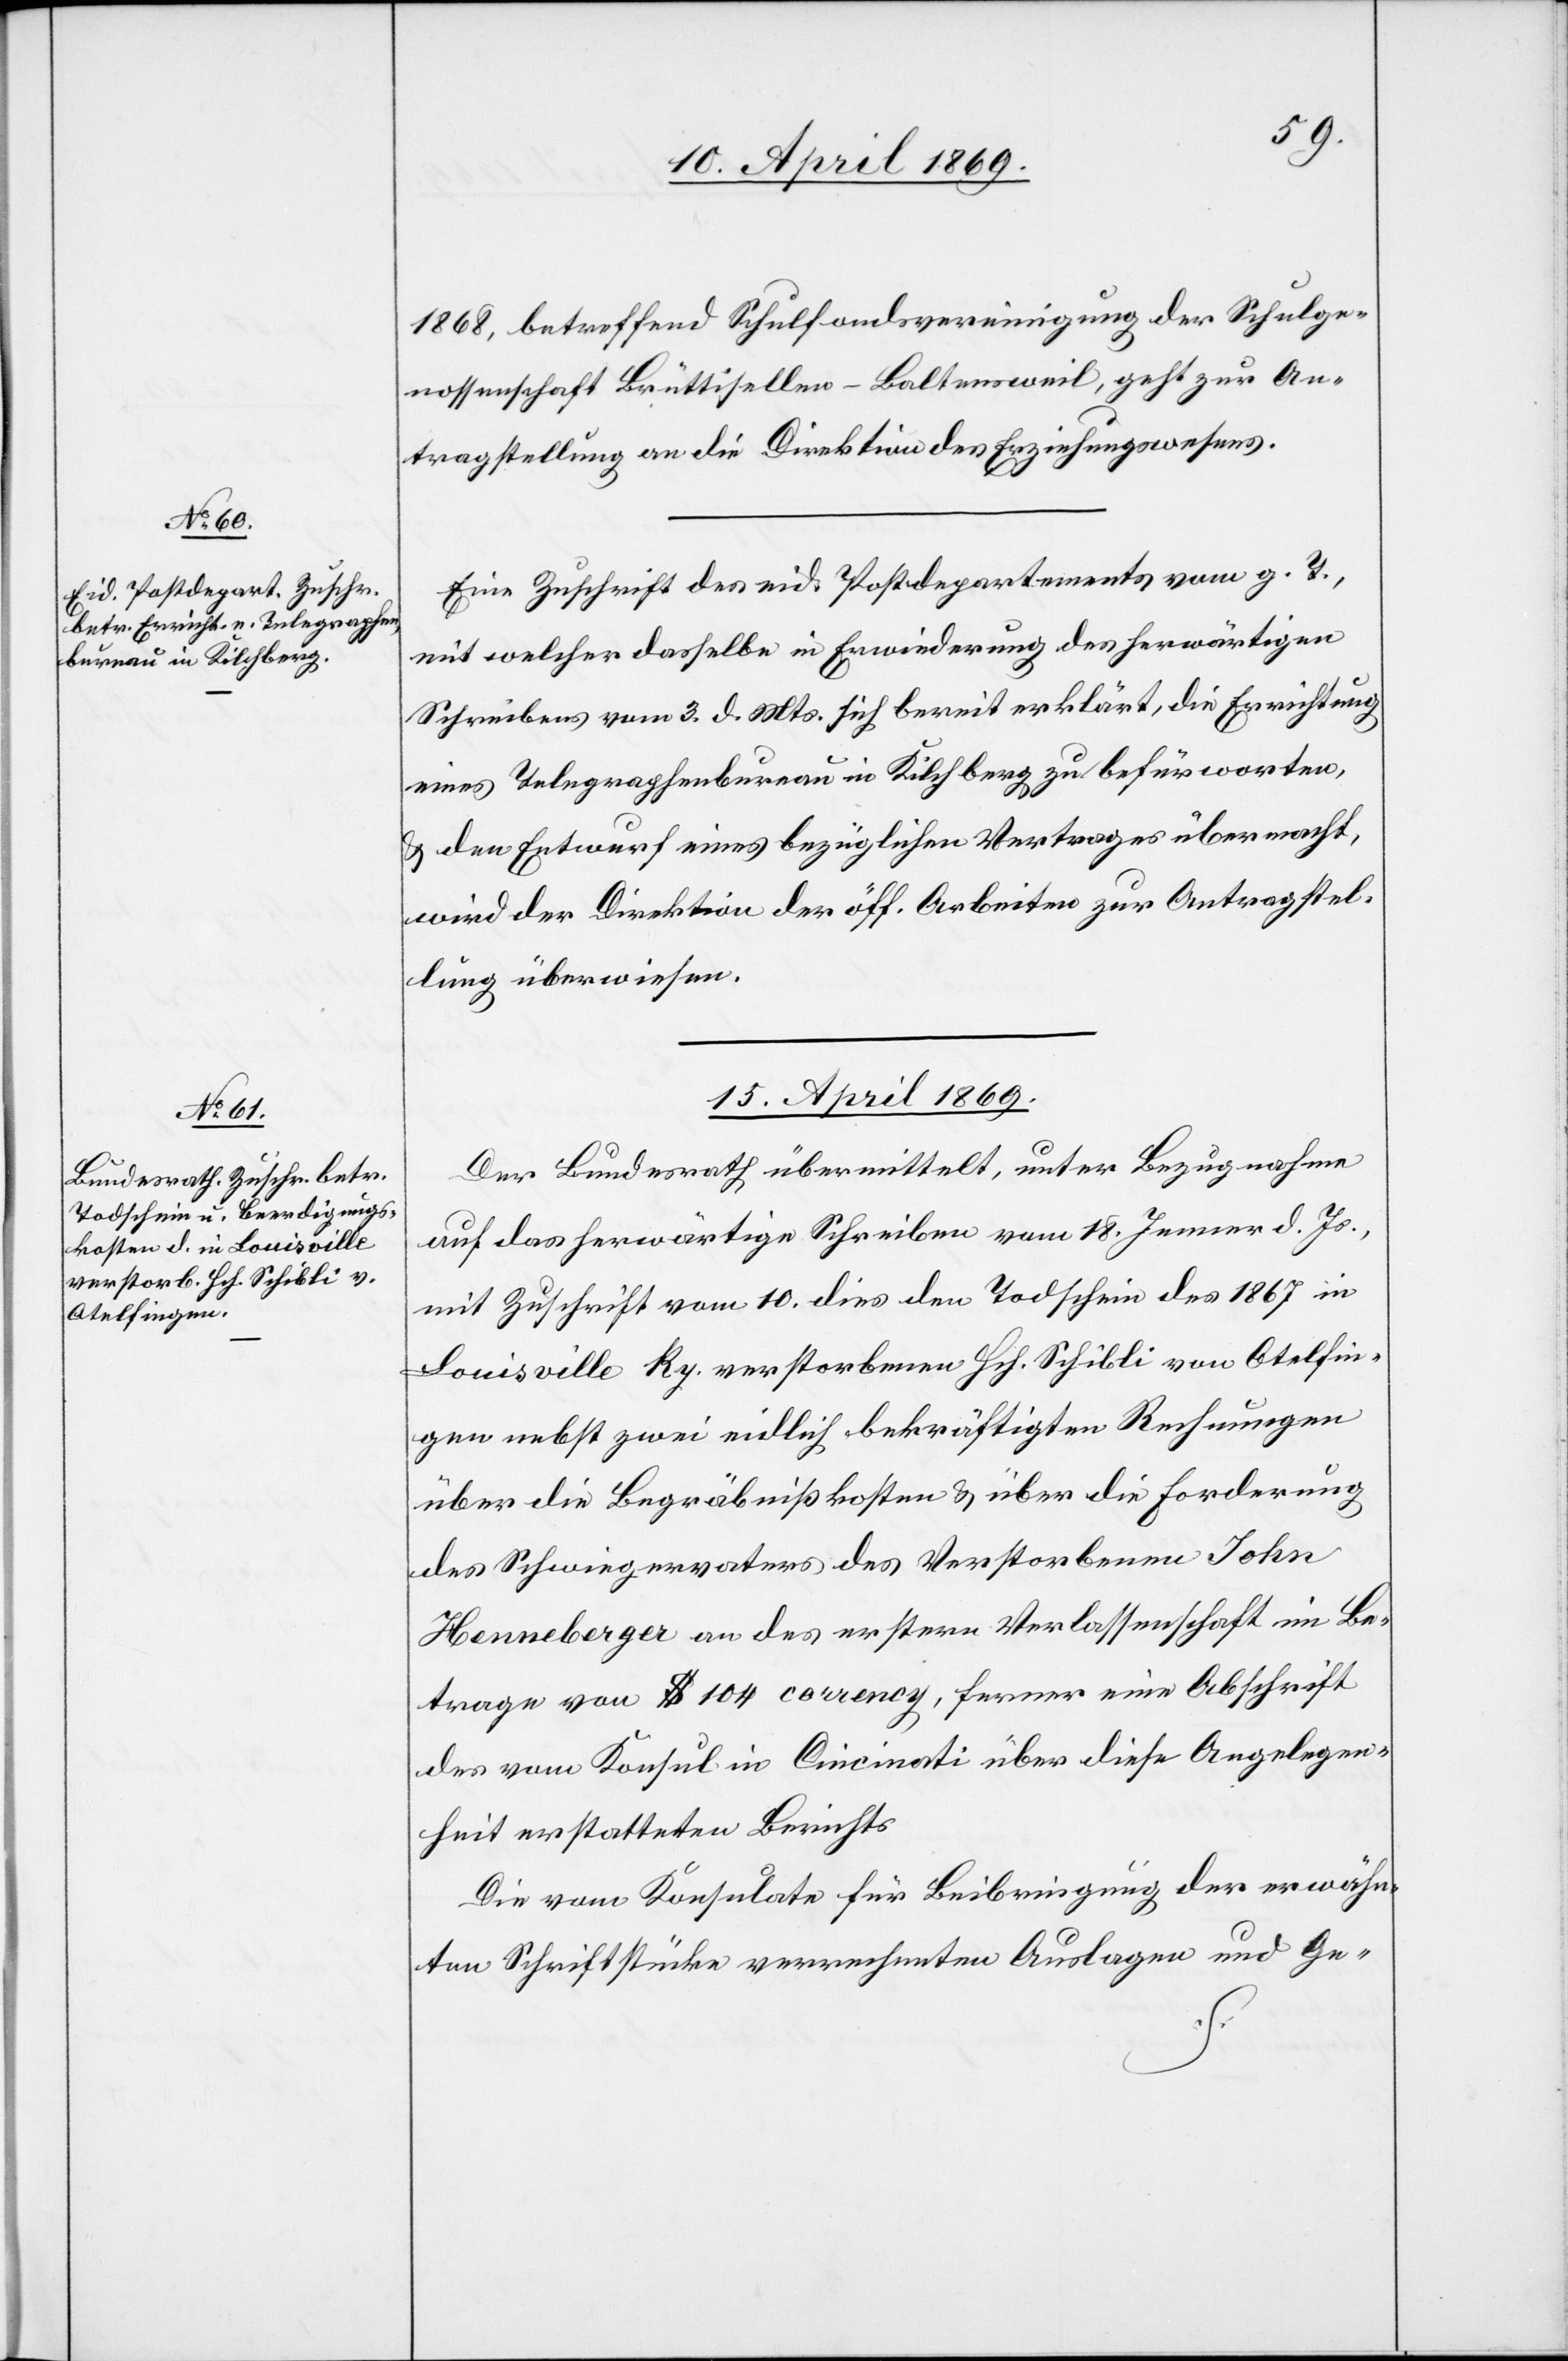
14. April 1869.]
1868, betreffend Schulfondsvereinigung der Schulge¬
nossenschaft Brüttisellen-Baltensweil, geht zur An¬
tragstellung an die Direktion des Erziehungswesens.
Eine Zuschrift des eid. Postdepartements vom g. T.,
mit welcher dasselbe in Erwiederung des herwärtigen
Schreibens vom 3. d. Mts. sich bereit erklärt, die Errichtung
eines Telegraphenbureau in Kilchberg zu befürworten,
u. den Entwurf eines bezüglichen Vertrages übermacht,
wird der Direktion der öff. Arbeiten zur Antragstel¬
lung überwiesen.
15. April 1869.
Der Bundesrath übermittelt, unter Bezugnahme
auf das herwärtige Schreiben vom 18. Jenner d. Js.,
mit Zuschrift vom 10. dies den Todschein des 1867 in
Louisville Ky. Verstorbenen Hch. Schibli von Otelfin¬
gen nebst zwei eidlich bekräftigten Rechnungen
über die Begräbnißkosten u. über die Forderung
des Schwiegervaters des Verstorbenen John
Henneberger an des ersten Verlassenschaft im Be¬
trage von $ 104 corrency, ferner eine Abschrift
des vom Konsul in Cincinati über diese Angelegen¬
heit erstatteten Berichts.
Die vom Konsulate für Beibringung der erwähn¬
ten Schriftstücke verrechneten Auslagen und